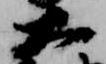
大